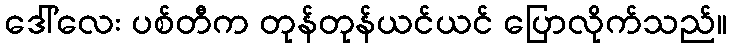
ဒေါ်လေး ပစ်တီက တုန်တုန်ယင်ယင် ပြောလိုက်သည်။